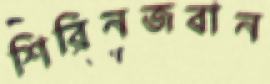
শিরিনজবান